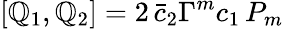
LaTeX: [\mathbb{Q}_{1},\mathbb{Q}_{2}]=2\, \bar{{c}}_{2}\Gamma^{m}c_{1}\, P_{m}